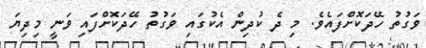
ވަގުތު ހޭދަކޮށްފައެވެ. މި ދެ ކުދިން އެކުގައި ވަގުތު ހޭދަކޮށްފައި ވަނީ މިދިޔަ